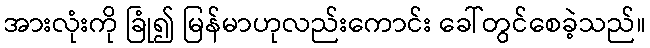
အားလုံးကို ခြုံ၍ မြန်မာဟုလည်းကောင်း ခေါ်တွင်စေခဲ့သည်။